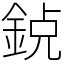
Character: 𨦸